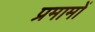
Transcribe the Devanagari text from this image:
प्रमामों